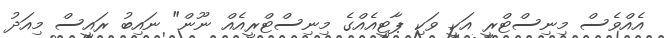
އެއްވެސް މިނިސްޓްރީ އަކީ ވަކި ޕާޓީއެއްގެ މިނިސްޓްރީއެއް ނޫން" ނައިބު ރައީސް މިއަދު